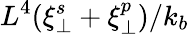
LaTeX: L^{4}(\xi_{\perp}^{s}+\xi_{\perp}^{p})/k_{b}